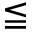
\leqq